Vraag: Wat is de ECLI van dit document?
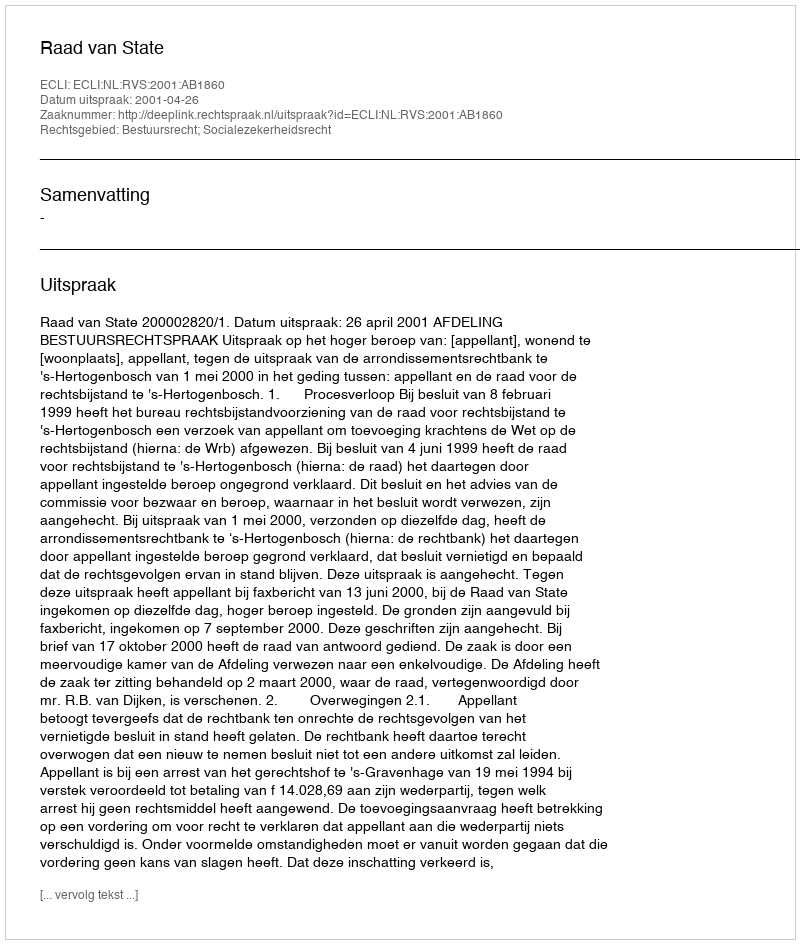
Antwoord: ECLI:NL:RVS:2001:AB1860